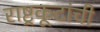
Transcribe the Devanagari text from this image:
राष्ट्रकूटांची